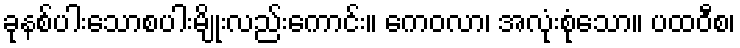
ခုနစ်ပါးသောစပါးမျိုးလည်းကောင်း။ ကေဝလာ၊ အလုံးစုံသော။ ပထဝီစ၊